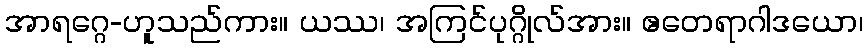
အာရဂ္ဂေ-ဟူသည်ကား။ ယဿ၊ အကြင်ပုဂ္ဂိုလ်အား။ ဧတေရာဂါဒယော၊